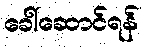
ခေါ်ဆောင်ရန်